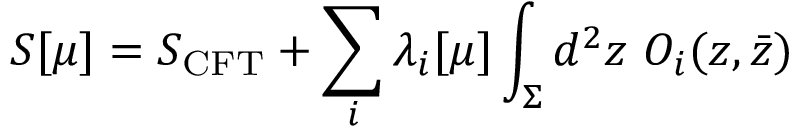
S [ \mu ] = S _ { \mathrm { C F T } } + \sum _ { i } \lambda _ { i } [ \mu ] \int _ { \Sigma } d ^ { 2 } z ~ { \cal O } _ { i } ( z , \bar { z } )